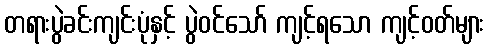
တရားပွဲခင်းကျင်းပုံနှင့် ပွဲဝင်သော် ကျင့်ရသော ကျင့်ဝတ်များ